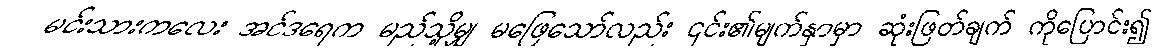
မင်းသားကလေး အင်ဒရေက မည်သို့မျှ မဖြေသော်လည်း ၎င်း၏မျက်နှာမှာ ဆုံးဖြတ်ချက် ကိုပြောင်း၍